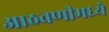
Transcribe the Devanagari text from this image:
आठवणीमध्ये